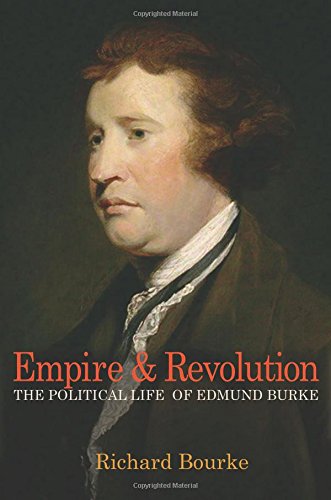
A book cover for Empire and Revolution: The Political Life of Edmund Burke; Richard Bourke; Biographies & Memoirs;